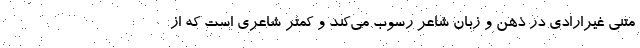
متنی غیرارادی در ذهن و زبان شاعر رسوب می‌کند و کمتر شاعری است که از